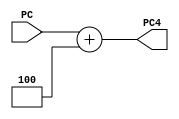
`timescale 1ns / 1ps
module AddPC1(
	input [31:0] PC,
	output reg [31:0] PC4
); 
    initial PC4<=0;
	always @(PC)begin
		PC4=PC+4;
	end
endmodule